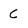
Character: C